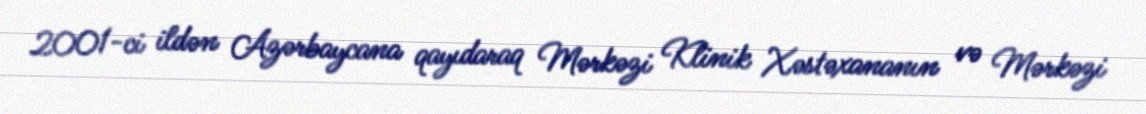
2001-ci ildən Azərbaycana qayıdaraq Mərkəzi Klinik Xəstəxananın və Mərkəzi